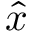
\hat { x }